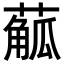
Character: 𦺠